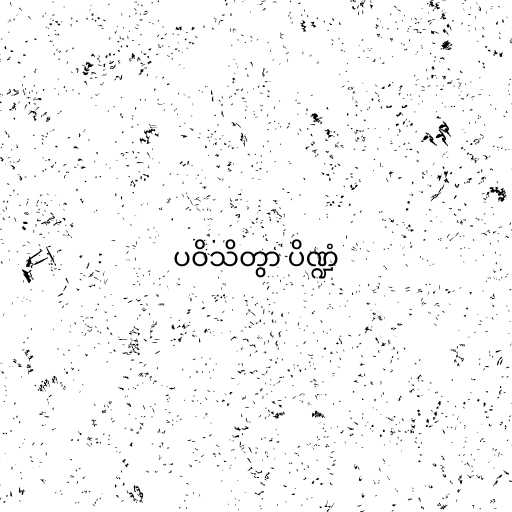
ပဝိသိတွာ ပိဏ္ဍံ